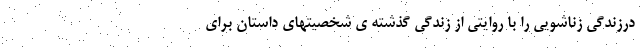
درزندگی زناشویی را با روایتی از زندگی گذشته ی شخصیتهای داستان برای